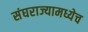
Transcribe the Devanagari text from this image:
संघराज्यामध्येच